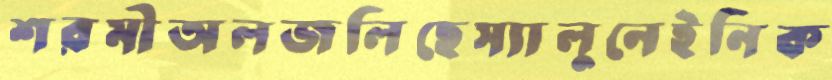
শরমীঅলজলিছেস্যালুনেইনিক